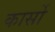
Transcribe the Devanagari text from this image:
कार्सो